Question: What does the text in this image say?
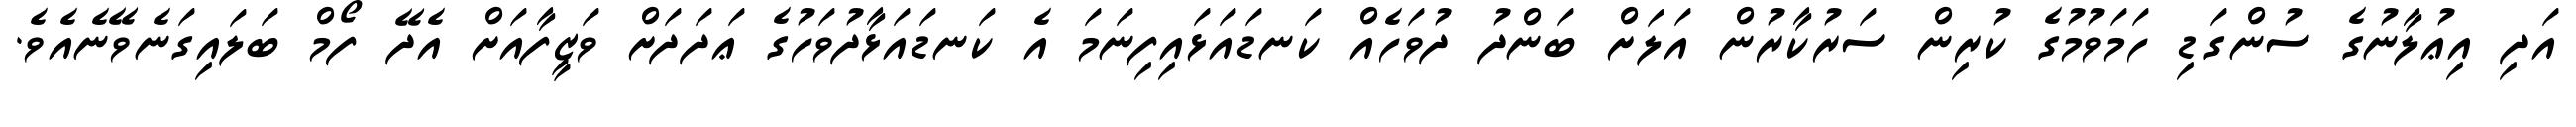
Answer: އަދި އިޢުލާނުގެ ސުންގަޑި ހަމަވުމުގެ ކުރިން ސަރުކާރުން އަލަށް ބަންދު ދުވަހެއް ކަނޑައަޅައިފިނަމަ އެ ކަނޑައަޅާދުވަހުގެ ޢަދަދަށް ވަޒީފާއަށް އެދޭ ފޯމް ބަލައިގަނެވޭނެއެވެ.